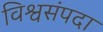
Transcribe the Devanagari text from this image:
विश्वसंपदा